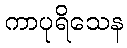
ကာပုရိသေန